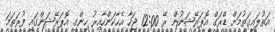
އަތުލައިގަތުމަށް ޑްރަގް އޮޕަރޭޝަނުން ރޭ 12:00 ޖަހާ އެހާކަންހާއިރު ހިންގި އޮޕަރޭޝަންގައި ފުރަތަމަ